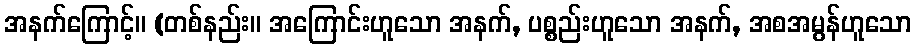
အနက်ကြောင့်။ (တစ်နည်း။ အကြောင်းဟူသော အနက်, ပစ္စည်းဟူသော အနက်, အစအမွန်ဟူသော